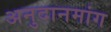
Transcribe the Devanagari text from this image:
अनुदानमांग